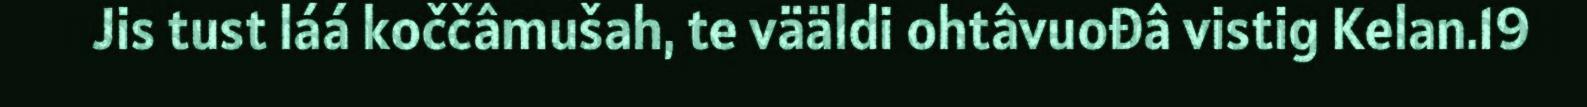
Jis tust láá koččâmušah, te vääldi ohtâvuođâ vistig Kelan.19